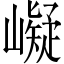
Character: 㠜